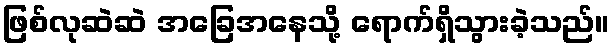
ဖြစ်လုဆဲဆဲ အခြေအနေသို့ ရောက်ရှိသွားခဲ့သည်။